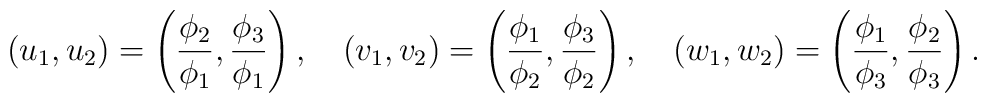
(u_1,u_2) = \left({\phi_2 \over \phi_1}, {\phi_3 \over \phi_1}\right), \quad  (v_1,v_2) = \left({\phi_1 \over \phi_2}, {\phi_3 \over \phi_2}\right), \quad  (w_1,w_2) = \left({\phi_1 \over \phi_3}, {\phi_2 \over \phi_3}\right) .